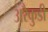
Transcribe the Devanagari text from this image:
अरैकुडी